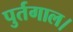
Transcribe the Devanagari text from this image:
पुर्तगाल।